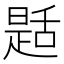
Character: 𦧪